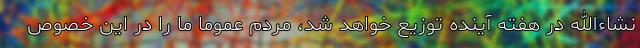
نشاءالله در هفته آینده توزیع خواهد شد، مردم عموما ما را در این خصوص